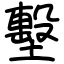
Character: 墼